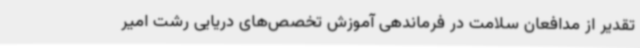
تقدیر از مدافعان سلامت در فرماندهی آموزش تخصص‌های دریایی رشت امیر